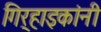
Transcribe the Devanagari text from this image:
गिर्‍हाइकांनी